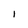
Character: 1